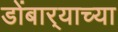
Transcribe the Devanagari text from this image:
डोंबार्‍याच्या